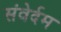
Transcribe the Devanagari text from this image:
संवेर्दम